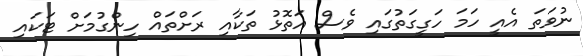
ނުވަތަ އެއީ ހަމަ ހަގީގަތުގައި ވެސް އަތޮޅު ތަކާއި ރަށްތައް ހިންގުމަށް ޓަކައި